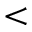
<